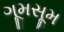
ગૂમસૂમ